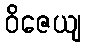
ဝိဇေယျ